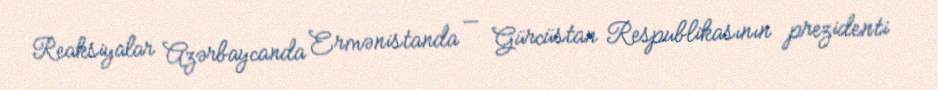
Reaksiyalar Azərbaycanda Ermənistanda — Gürcüstan Respublikasının prezidenti